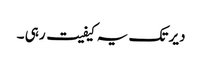
دیر تک یہ کیفیت رہی ۔